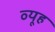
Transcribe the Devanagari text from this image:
व्‍यूह